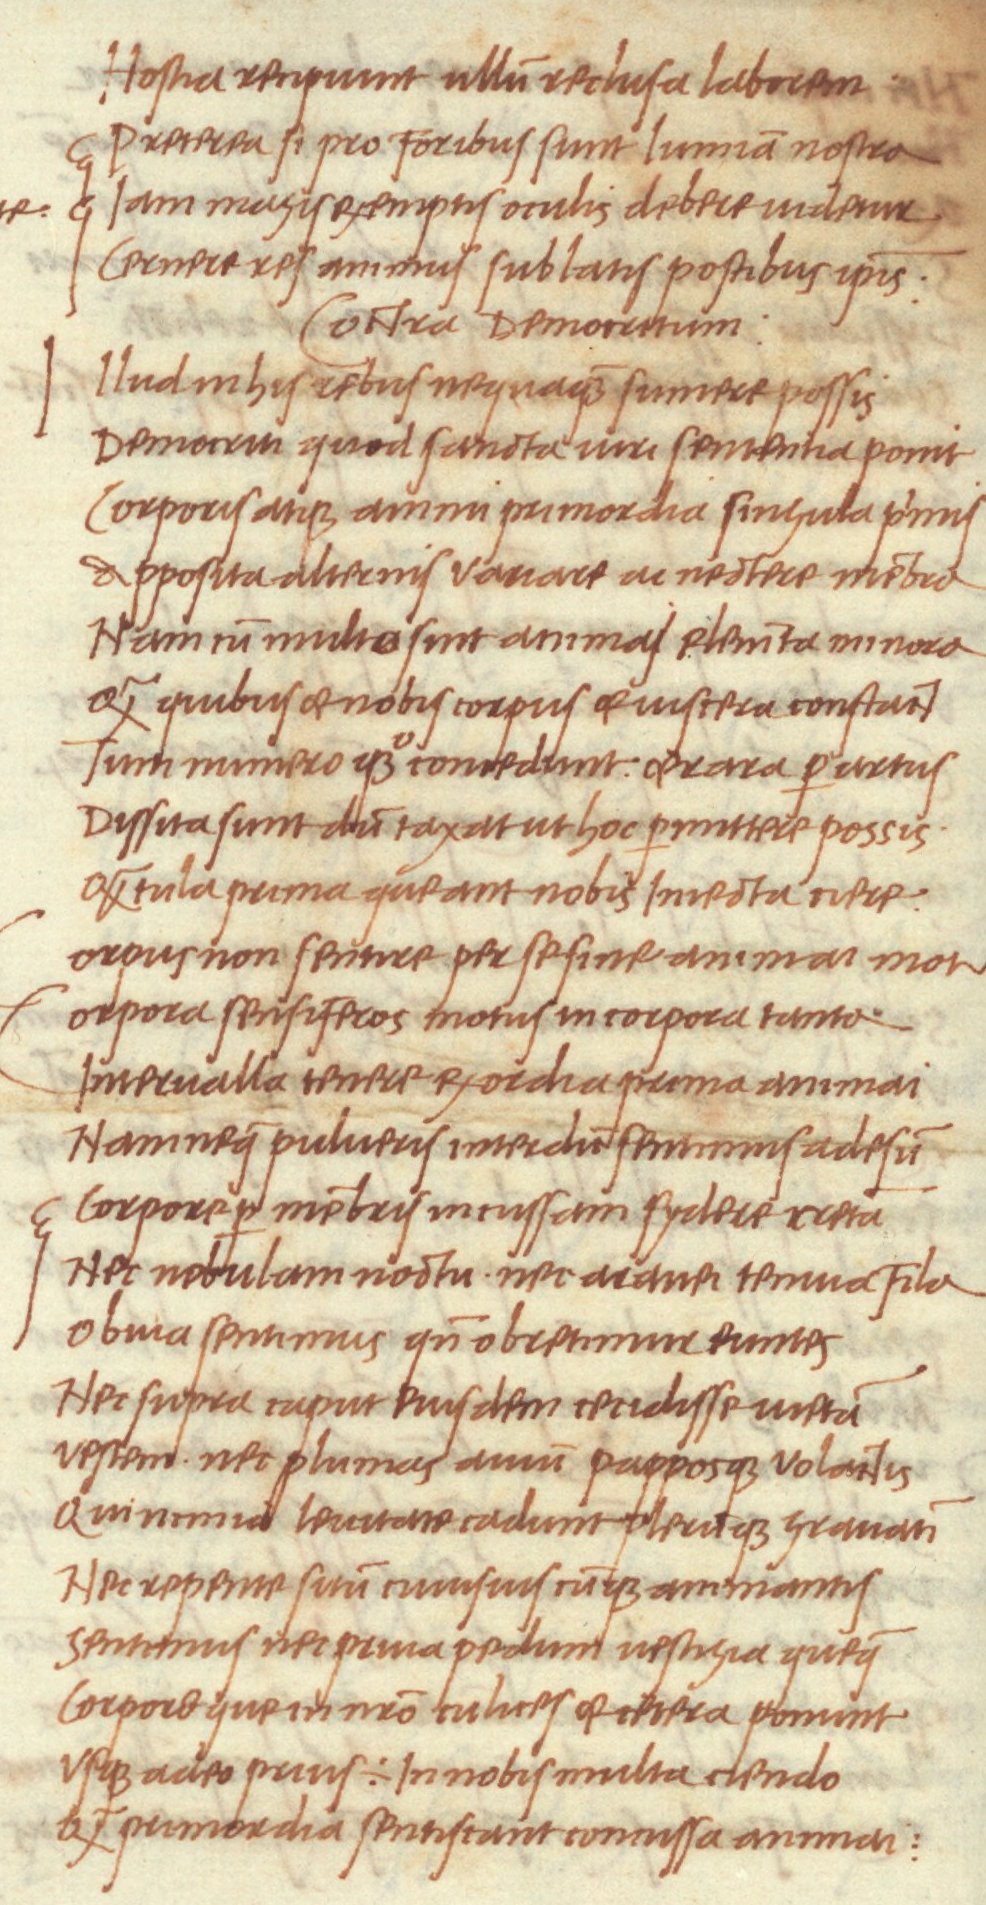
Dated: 1468–1469